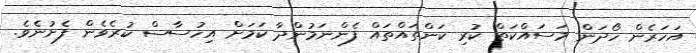
އަހަރެން ހޯދަން މަސައްކަތް ކުރި ކަންތައްތައް ފެންނަމުންދާ ކަމަށް އިހުސާސް ކުރެވެން ފެށުނެވެ.